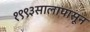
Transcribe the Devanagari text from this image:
१९९३सालापासून